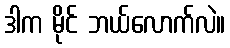
ဒါက မိုင် ဘယ်လောက်လဲ။